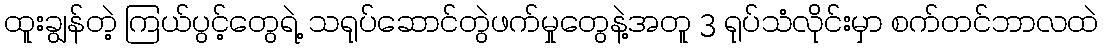
ထူးချွန်တဲ့ ကြယ်ပွင့်တွေရဲ့ သရုပ်ဆောင်တွဲဖက်မှုတွေနဲ့အတူ 3 ရုပ်သံလိုင်းမှာ စက်တင်ဘာလထဲ